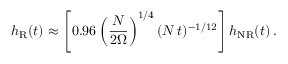
h _ { \mathrm { R } } ( t ) \approx \left[ 0 . 9 6 \left( \frac { N } { 2 \Omega } \right) ^ { 1 / 4 } ( N \, t ) ^ { - 1 / 1 2 } \right] h _ { \mathrm { N R } } ( t ) \, .